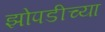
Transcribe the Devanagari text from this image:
झोपडीच्या